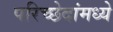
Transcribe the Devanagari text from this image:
परिच्छेदांमध्ये